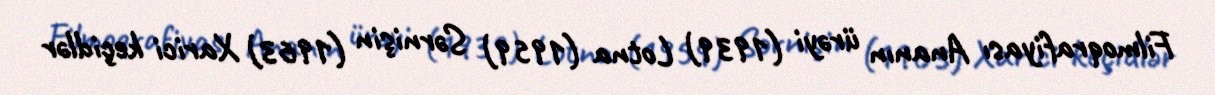
Filmoqrafiyası Ananın ürəyi (1939) Lotna (1959) Sərnişin (1963) Xarici keçidlər